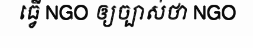
ធ្វើ NGO ឲ្យច្បាស់ថា NGO